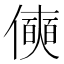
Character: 𰂾